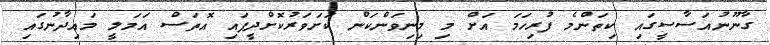
ގާނޫނުއަސާސީގައި ކިތަންމެ ފުރިހަމަ އަށް މި މިނިވަންކަން ކަށަވަރުކޮށްދީފައި އޮތަސް އަމަލީ މައިދާނުގައި